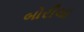
બોરીચા